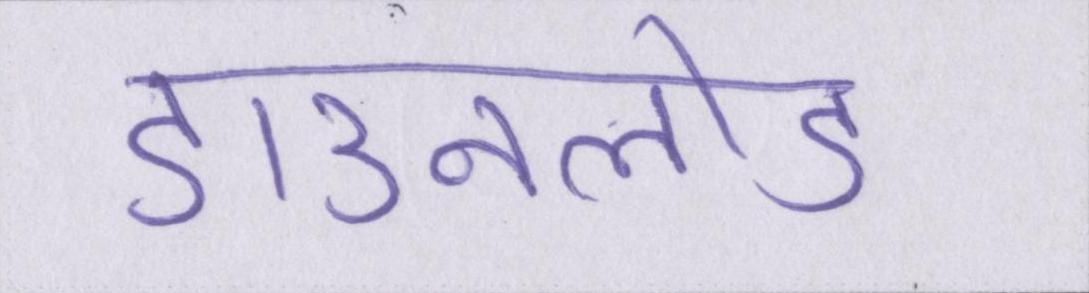
डाउनलोड